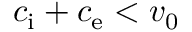
c _ { \mathrm { i } } + c _ { \mathrm { e } } < v _ { 0 }